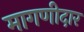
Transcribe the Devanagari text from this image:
मागणीदार